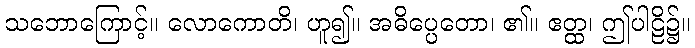
သဘောကြောင့်။ လောကောတိ၊ ဟူ၍။ အဓိပ္ပေတော၊ ၏။ ဧတ္ထ၊ ဤပါဠိ၌။